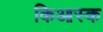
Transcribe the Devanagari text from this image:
किआस्क